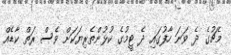
މެޗުގެ ދެ ވަނަ ހާފުގައި ދެ ޓީމުގެ ކުޅުންތެރިޔަކަށް ވެސް ރަތް ކާޑެއް